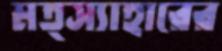
মত্স্যাহারের